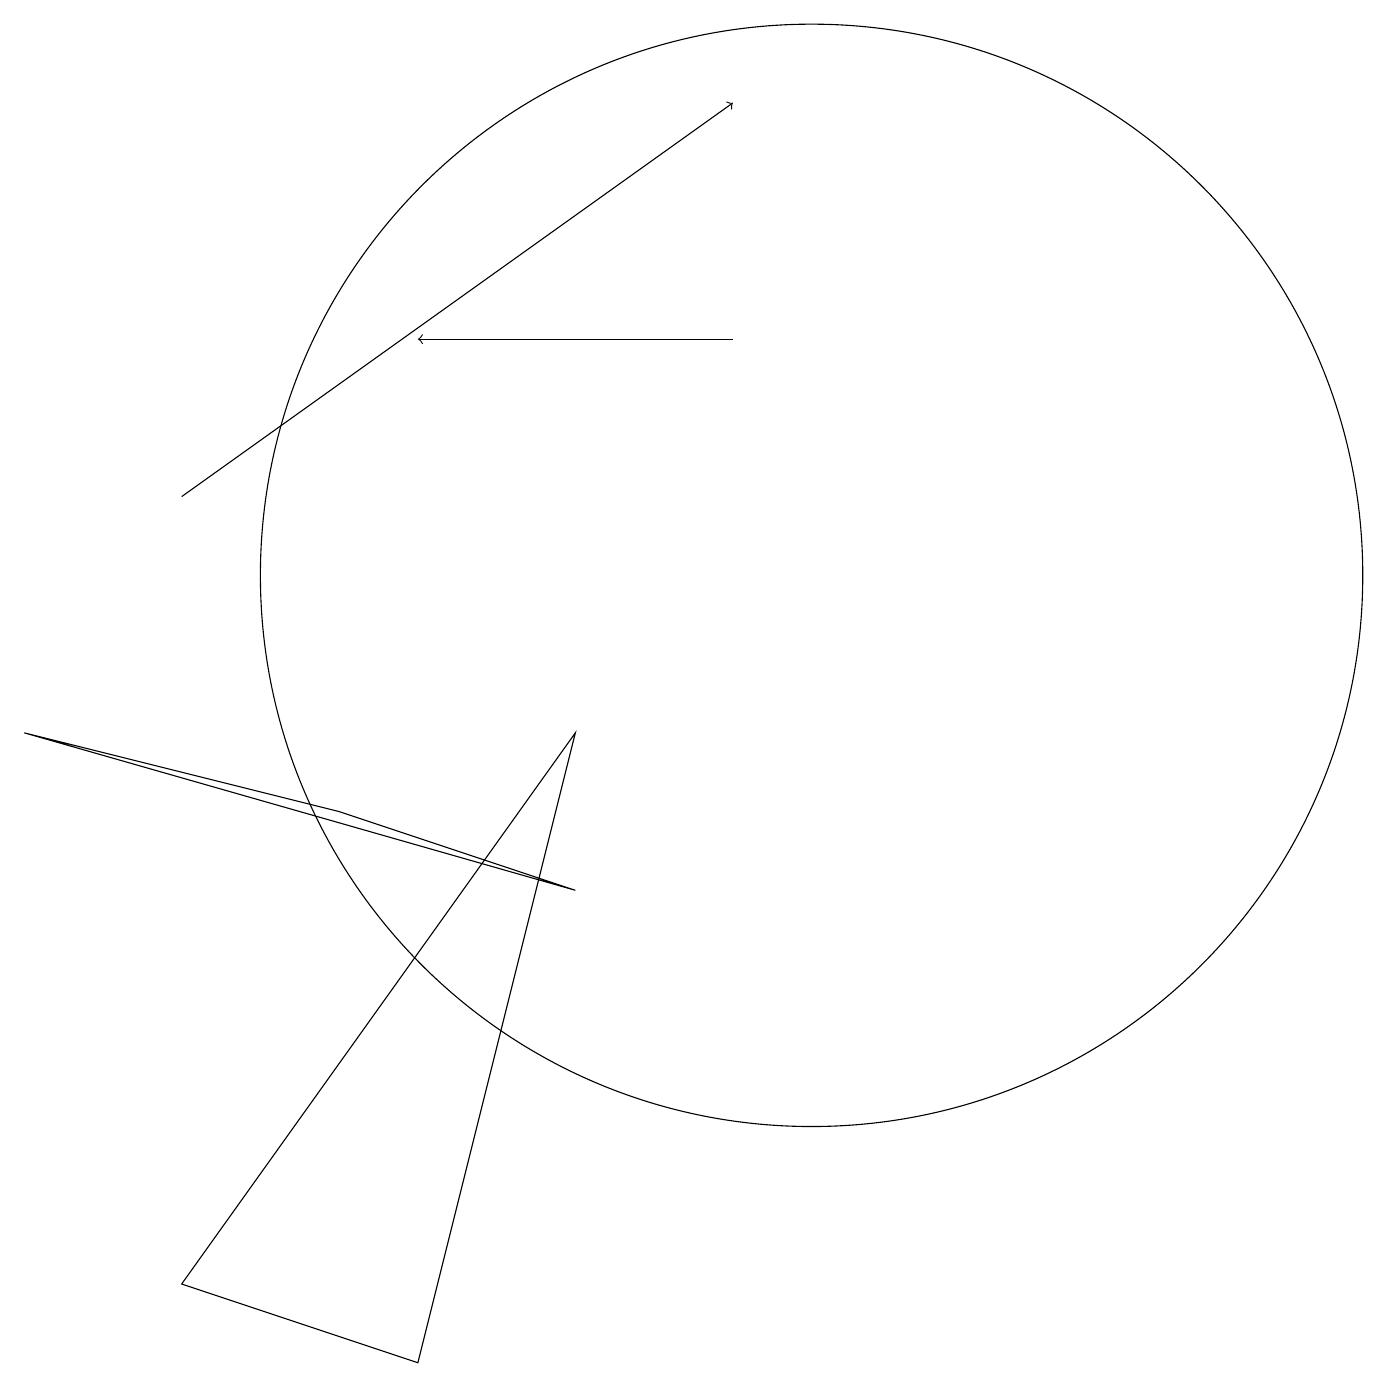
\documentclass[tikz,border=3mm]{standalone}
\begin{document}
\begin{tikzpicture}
\draw (7,8) -- (5,0) -- (2,1) -- cycle;
\draw (10,10) circle (7);
\draw[->] (9,13) -- (5,13);
\draw (4,7) -- (0,8) -- (7,6) -- cycle;
\draw[->] (2,11) -- (9,16);
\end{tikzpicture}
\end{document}